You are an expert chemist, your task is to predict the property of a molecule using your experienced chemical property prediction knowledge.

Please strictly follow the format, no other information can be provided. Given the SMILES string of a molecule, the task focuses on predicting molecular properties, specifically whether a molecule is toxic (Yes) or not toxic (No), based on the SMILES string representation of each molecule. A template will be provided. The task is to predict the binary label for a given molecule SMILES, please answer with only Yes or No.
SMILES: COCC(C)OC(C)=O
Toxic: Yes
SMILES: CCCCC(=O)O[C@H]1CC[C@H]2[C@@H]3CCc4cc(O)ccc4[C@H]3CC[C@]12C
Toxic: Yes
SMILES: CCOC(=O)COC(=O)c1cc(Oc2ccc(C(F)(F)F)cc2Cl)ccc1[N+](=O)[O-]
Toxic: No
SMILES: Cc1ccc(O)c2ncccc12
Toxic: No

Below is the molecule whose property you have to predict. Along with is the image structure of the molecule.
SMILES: O=S(=O)(O)c1ccc2[nH]c(-c3ccccc3)nc2c1
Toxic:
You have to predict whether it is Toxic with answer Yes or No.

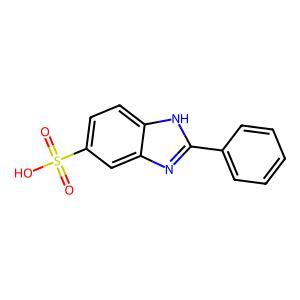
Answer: No